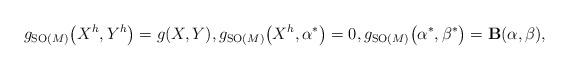
LaTeX: \begin{gather*}g_{{\rm SO}(M)}\big(X^h,Y^h\big) =g(X,Y), g_{{\rm SO}(M)}\big(X^h,\alpha^{\ast}\big) =0, g_{{\rm SO}(M)}\big(\alpha^{\ast},\beta^{\ast}\big) ={\bf B}(\alpha,\beta),\end{gather*}